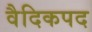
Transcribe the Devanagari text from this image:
वैदिकपद